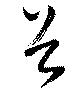
谷